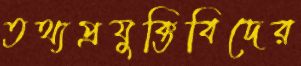
তথ্যপ্রযুক্তিবিদের